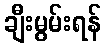
ချီးမွမ်းရန်